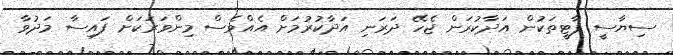
ސިޔާސީ ޕާޓީތަކުން އަދާކުރަން ޖެހޭ ދަރަނި އަދާކުރުމަށް އެއްވެސް މިންވަރަކަށް ފައިސާ މަދުވާ